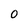
Character: O